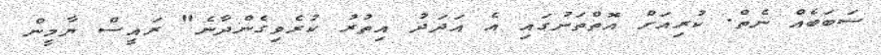
ސަބަބެއް ނެތް. ކުރިއަށް އޮތްތަނުގައި އެ އަދަދު އިތުރު ކުރެވިގެންދާނެ" ރައީސް ޔާމީން